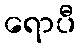
ရောပီ